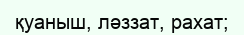
қуаныш, ләззат, рахат;